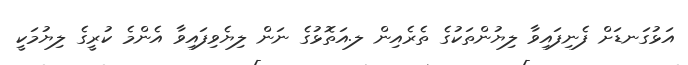
އަޅުގަނޑަށް ފެނިފައިވާ ލިޔުންތަކުގެ ތެރެއިން ލ.އަތޮޅުގެ ނަން ލިޔެވިފައިވާ އެންމެ ކުރީގެ ލިޔުމަކީ